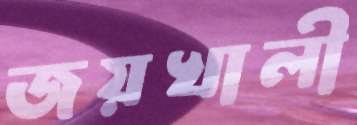
জয়খালী